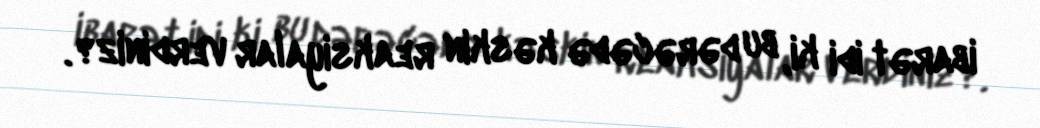
ibarət idi ki, bu dərəcədə kəskin reaksiyalar verdiniz?.